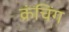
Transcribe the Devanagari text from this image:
क्रंचिंग